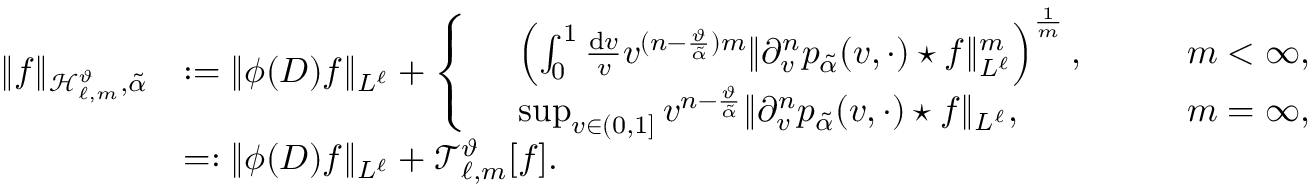
\begin{array} { r l } { \Vert f \Vert _ { \mathcal { H } _ { \ell , m } ^ { \vartheta } , \tilde { \alpha } } } & { : = \Vert \phi ( D ) f \Vert _ { L ^ { \ell } } + \left\{ \begin{array} { r l r } & { \left( \int _ { 0 } ^ { 1 } \frac { \mathrm { d } v } { v } v ^ { ( n - \frac { \vartheta } { \tilde { \alpha } } ) m } \Vert \partial _ { v } ^ { n } p _ { \tilde { \alpha } } ( v , \cdot ) \star f \Vert _ { L ^ { \ell } } ^ { m } \right) ^ { \frac { 1 } { m } } , \qquad } & { m < \infty , } \\ & { \operatorname* { s u p } _ { v \in ( 0 , 1 ] } v ^ { n - \frac { \vartheta } { \tilde { \alpha } } } \Vert \partial _ { v } ^ { n } p _ { \tilde { \alpha } } ( v , \cdot ) \star f \Vert _ { L ^ { \ell } } , } & { m = \infty , } \end{array} \right. } \\ & { = : \Vert \phi ( D ) f \Vert _ { L ^ { \ell } } + \mathcal { T } _ { \ell , m } ^ { \vartheta } [ f ] . } \end{array}